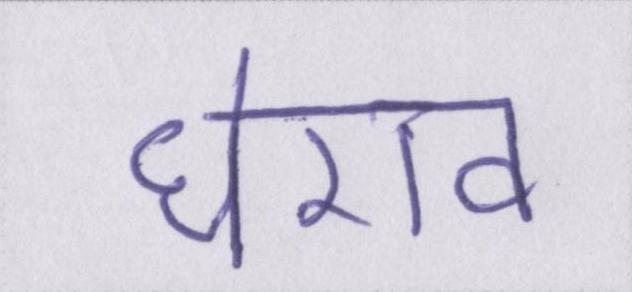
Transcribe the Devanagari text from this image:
घेराव